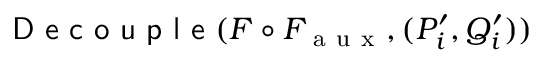
\textsf { D e c o u p l e } ( F \circ F _ { \mathrm { ~ a ~ u ~ x ~ } } , ( P _ { i } ^ { \prime } , Q _ { i } ^ { \prime } ) )